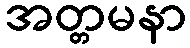
အတ္တမနာ